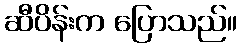
ဆီပိန်းက ပြောသည်။